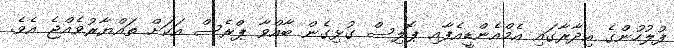
ފުލުހުންގެ އިދާރާގައި އެމްއެންޑީއެފާއި ޕޮލިސް ގުޅިގެން ބާއްވާ ޕްރެސް އަކަށް ތައްޔާރުވެއްޖެ އެވެ.